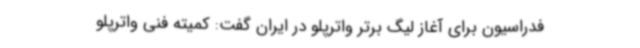
فدراسیون برای آغاز لیگ برتر واترپلو در ایران گفت: کمیته فنی واترپلو